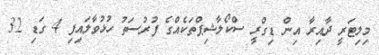
މިލިޓަރީ ދާއިރާ އިން ޑިގްރީ ސްކޯލާޝިޕްތަކެއްގެ ފުރުސަތު ހުޅުވާލައިފި 4 ގަޑި 32